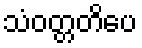
သံဝတ္တတိပေ